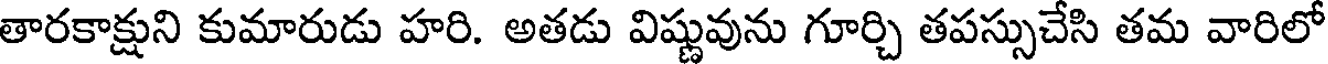
తారకాక్షుని కుమారుడు హరి. అతడు విష్ణువును గూర్చి తపస్సుచేసి తమ వారిలో